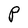
Character: P